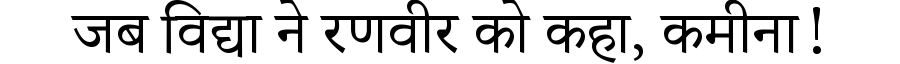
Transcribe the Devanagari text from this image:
जब विद्या ने रणवीर को कहा, कमीना!